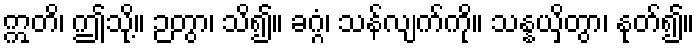
ဣတိ၊ ဤသို့။ ဉတွာ၊ သိ၍။ ခဂ္ဂံ၊ သန်လျက်ကို။ သန္နယှိတွာ၊ နုတ်၍။